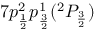
7 p _ { \frac { 1 } { 2 } } ^ { 2 } p _ { \frac { 3 } { 2 } } ^ { 1 } ( ^ { 2 } P _ { \frac { 3 } { 2 } } )